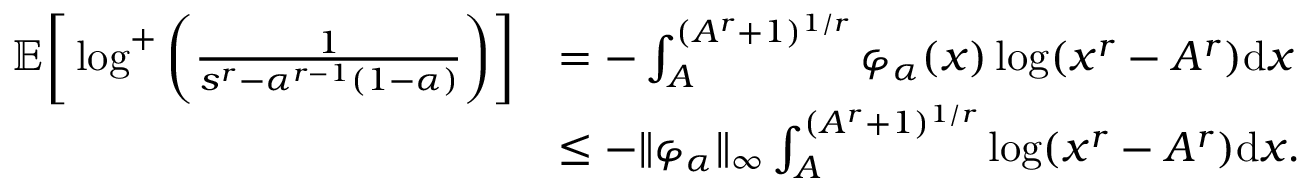
\begin{array} { r l } { \mathbb { E } \bigg [ \log ^ { + } \bigg ( \frac { 1 } { s ^ { r } - \alpha ^ { r - 1 } ( 1 - \alpha ) } \bigg ) \bigg ] } & { = - \int _ { A } ^ { ( A ^ { r } + 1 ) ^ { 1 / r } } \varphi _ { \alpha } ( x ) \log ( x ^ { r } - A ^ { r } ) \mathrm { d } x } \\ & { \leq - \| \varphi _ { \alpha } \| _ { \infty } \int _ { A } ^ { ( A ^ { r } + 1 ) ^ { 1 / r } } \log ( x ^ { r } - A ^ { r } ) \mathrm { d } x . } \end{array}